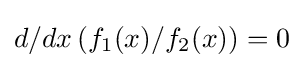
d/dx\,(f_{1}(x)/f_{2}(x))=0